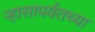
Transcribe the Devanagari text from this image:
ऱ्हासापर्यंतच्या